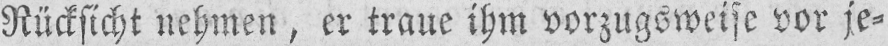
Rücksicht nehmen, er traue ihm vorzugsweise vor je⸗